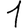
Digit: 1